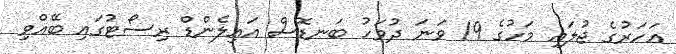
އަހަރުގެ ޖުލައި މަހުގެ 19 ވަނަ ދުވަހު ބަނޑޮސް އައިލެންޑް ރިސޯޓުގައި ބޭއްވި